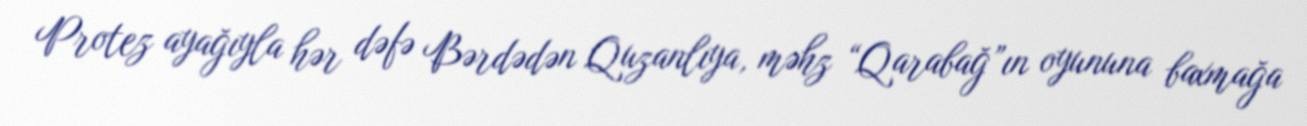
Protez ayağıyla hər dəfə Bərdədən Quzanlıya, məhz “Qarabağ”ın oyununa baxmağa